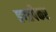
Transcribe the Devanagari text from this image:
हफ्तपैकर